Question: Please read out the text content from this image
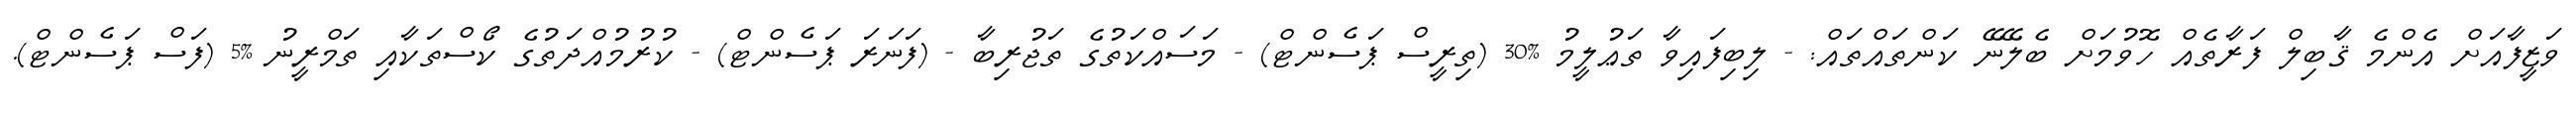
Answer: ވަޒީފާއަށް އެންމެ ޤާބިލް ފަރާތެއް ހޮވުމަށް ބެލޭނޭ ކަންތައްތައް: - ލިބިފައިވާ ތަޢުލީމު %30 (ތިރީސް ޕަސެންޓް) - މަސައްކަތުގެ ތަޖުރިބާ - (ފަނަރަ ޕަސެންޓް) - ކުރުމުއްދަތުގެ ކޯސްތަކާއި ތަމްރީނު %5 (ފަސް ޕަސެންޓް).